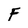
Character: F